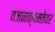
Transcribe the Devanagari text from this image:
वजनक्षमतेवर